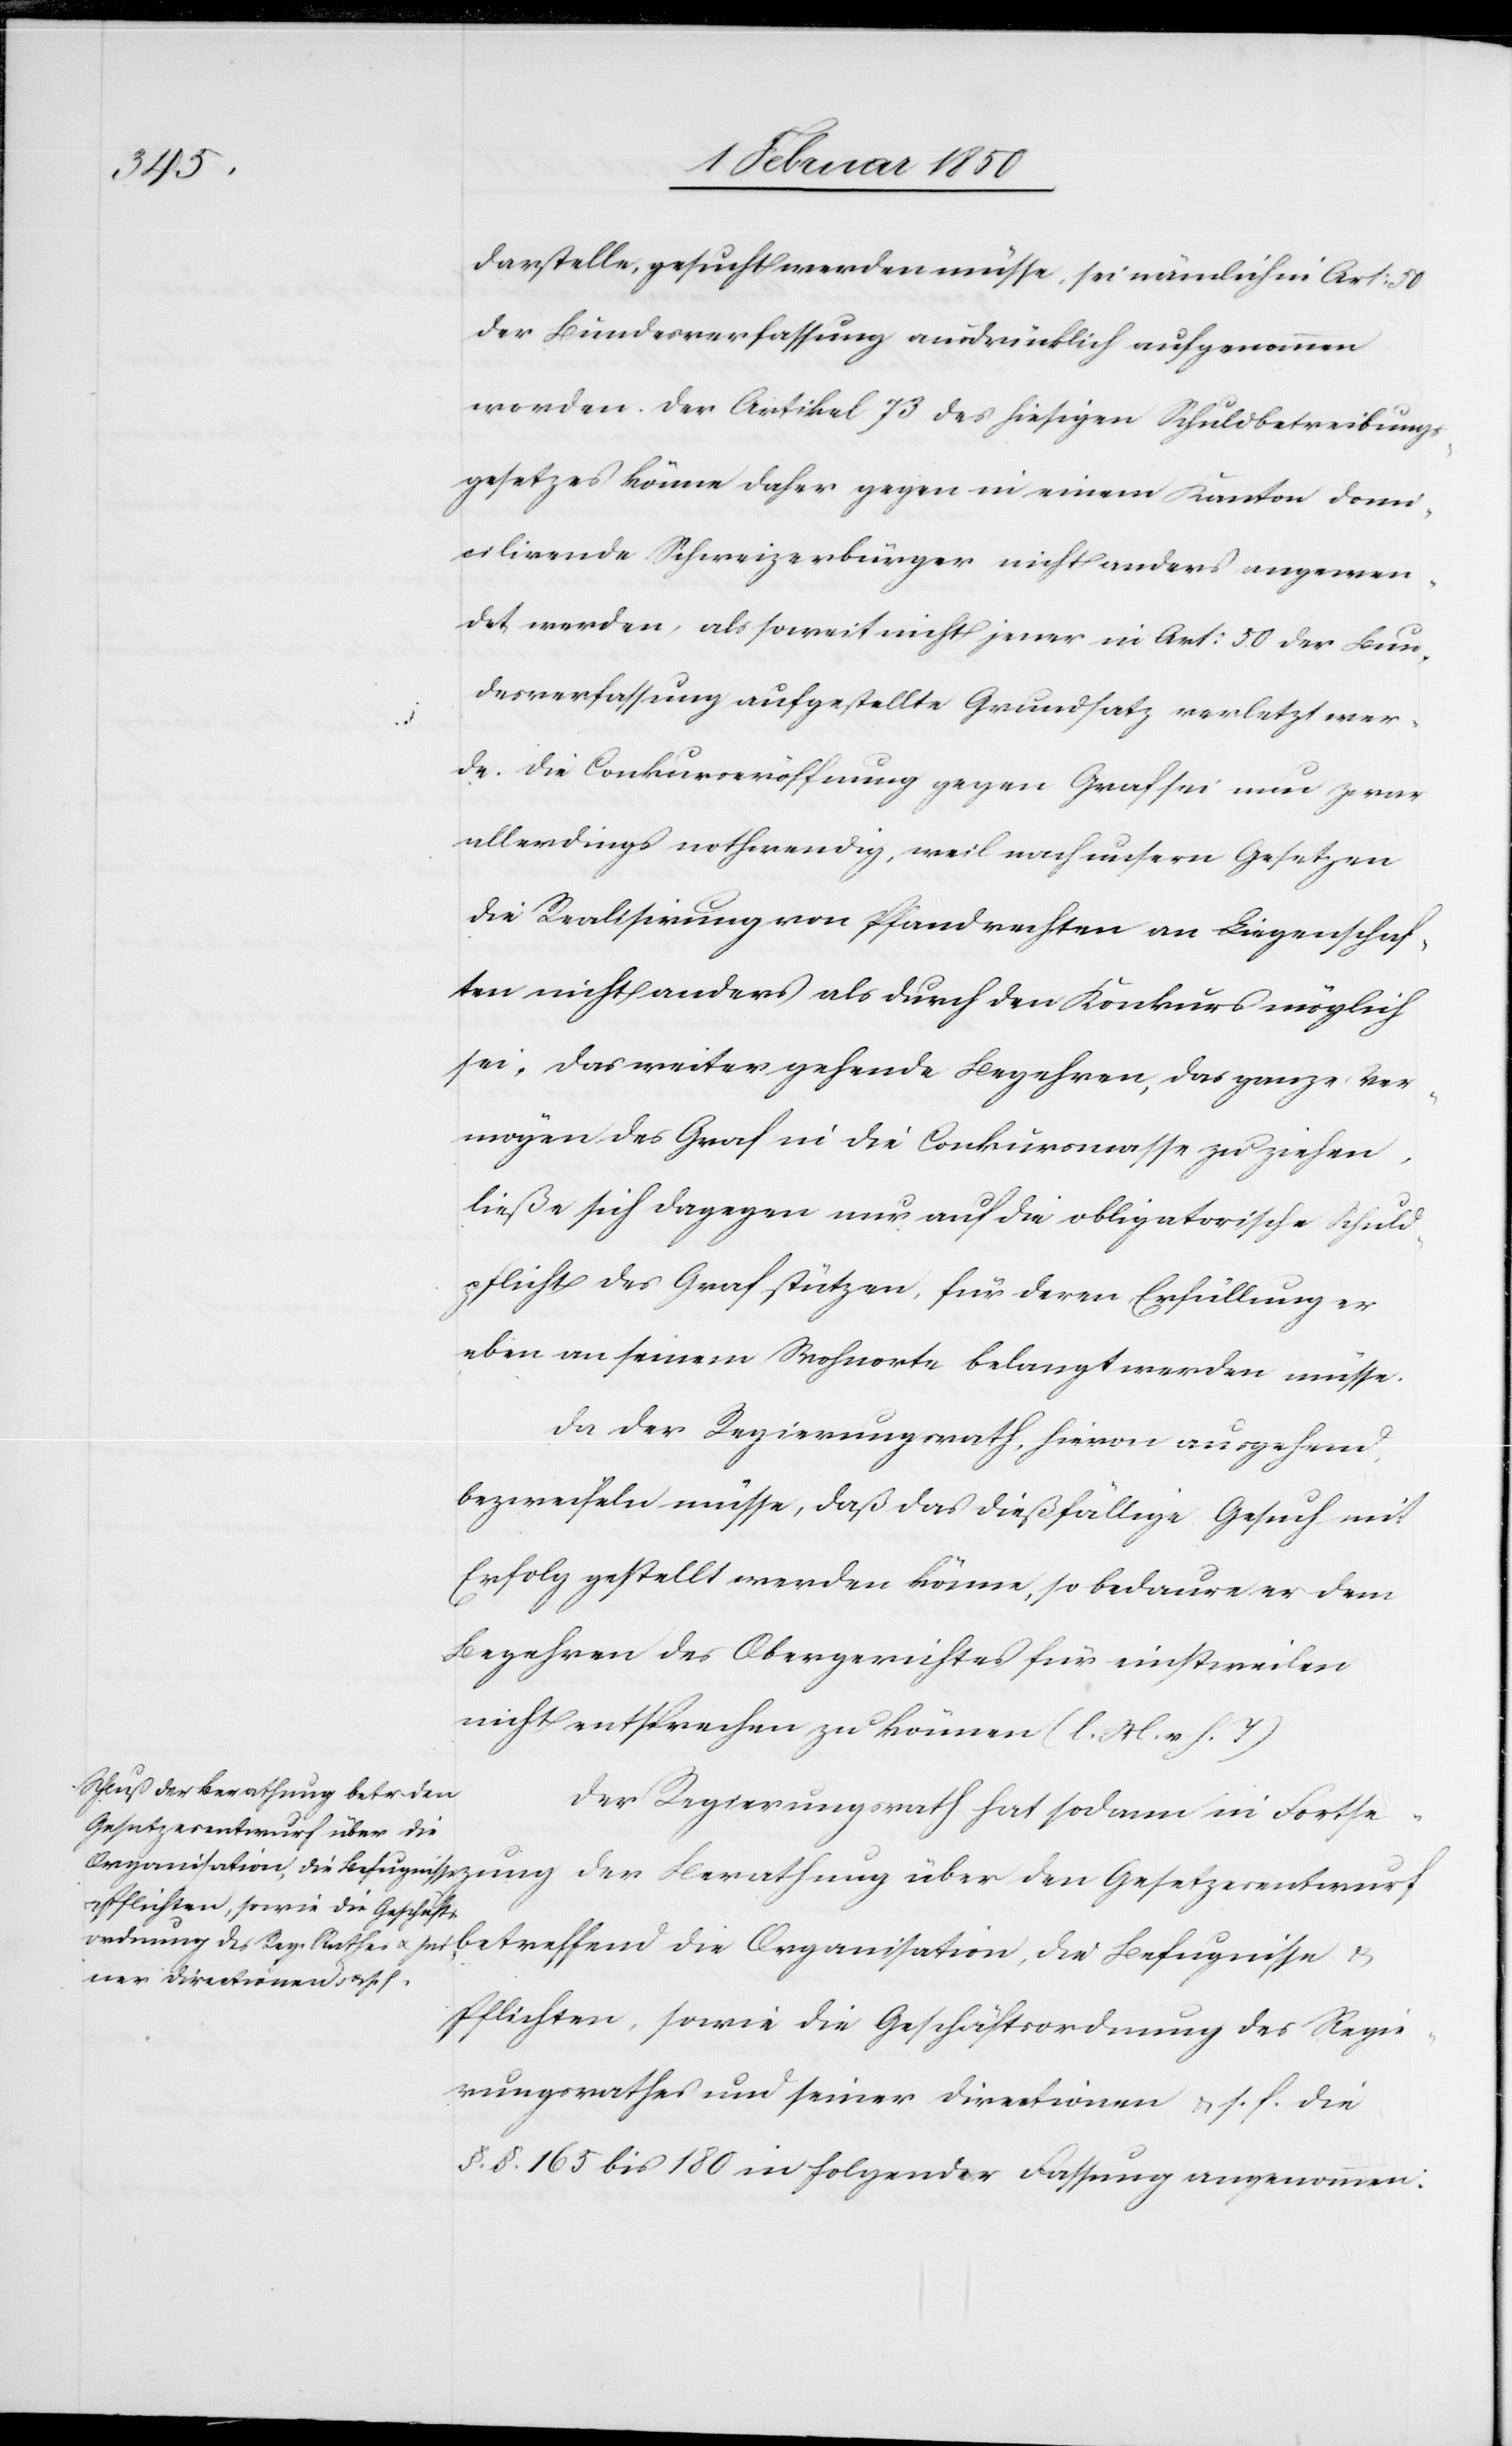
darstelle, gesucht werden müsse, sei nämlich in Art: 50
der Bundesverfassung ausdrücklich aufgenommen
worden. Der Artikel 73 des hiesigen Schuldbetreibungs¬
gesetzes könne daher gegen in einem Kanton dom¬
icilirende Schweizerbürger nicht anders angewen¬
det werden, als soweit nicht jener in Art: 50 der Bun¬
desverfassung aufgestellte Grundsatz verletzt wer¬
de. Die Conkurseröffnung gegen Graf sei nun zwar
allerdings nothwendig, weil nach unsern Gesetzen
die Realisirung von Pfandrechten an Liegenschaf¬
ten nicht anders als durch den Konkurs möglich
sei, das weitergehende Begehren, das ganze Ver¬
mögen des Graf in die Conkursmasse zu ziehen,
ließe sich dagegen nur auf die obligatorische Schuld¬
pflicht des Graf stützen, für deren Erfüllung er
eben an seinem Wohnorte belangt werden müsse.
Da der Regierungsrath, hievon ausgehend
bezweifeln müsse, daß das dießfällige Gesuch mit
Erfolg gestellt werden könne, so bedaure er dem
Begehren des Obergerichtes für einstweilen
nicht entsprechen zu können (l. M. v. h. T)
tzung der Berathung über den
Der Regierungsrath hat sodann in Fortse¬
Organisation, die Befugnisse u. Pflichten, sowie die Geschäftsordnung des Regierungsrathes
seiner Directionen u. s. f.
§. §. 165 bis 180 in folgender Fassung angenommen: